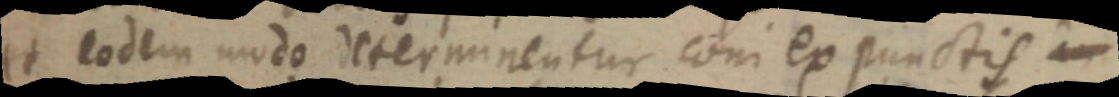
et eodem modo determinentur coni ex punctis in